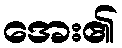
အေး၏